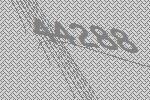
44288